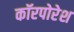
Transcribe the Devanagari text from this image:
कॉरपोरेश